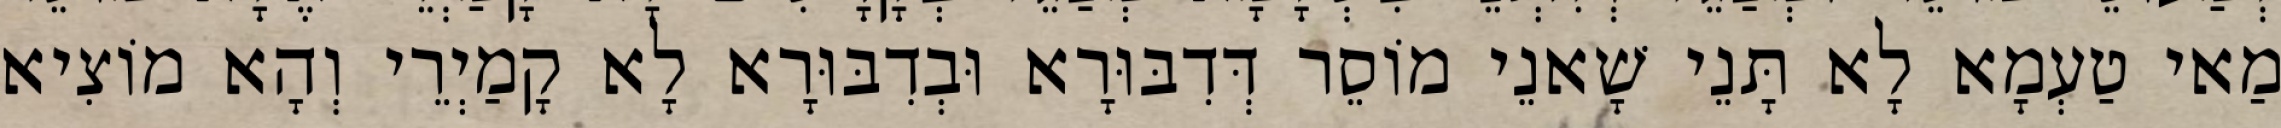
מַאי טַעְמָא לָא תָּנֵי שָׁאנֵי מוֹסֵר דְּדִבּוּרָא וּבְדִבּוּרָא לָא קָמַיְרֵי וְהָא מוֹצִיא